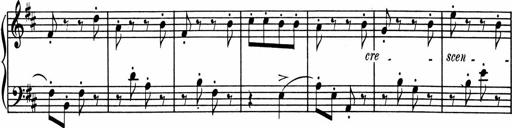
Title: 1Ã¨re Sonatine
Composer: FrÃ©dÃ©ric Binet